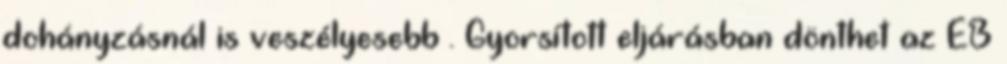
dohányzásnál is veszélyesebb . Gyorsított eljárásban dönthet az EB